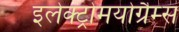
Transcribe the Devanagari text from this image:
इलेक्ट्रोमयोग्रैम्स